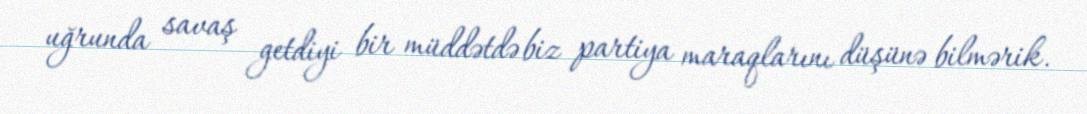
uğrunda savaş getdiyi bir müddətdə biz partiya maraqlarını düşünə bilmərik.